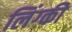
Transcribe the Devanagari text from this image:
लिंग्‍की